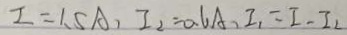
I = 1 . 5 A , I _ { 2 } = 0 . 6 A , I _ { 1 } = I - I _ { 2 }